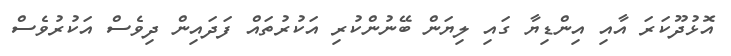
އޮޅުދޫކަރަ އާއި އިންޑިޔާ ގައި ލިޔަން ބޭނުންކުރި އަކުރުތައް ފަދައިން ދިވެސް އަކުރުވެސް